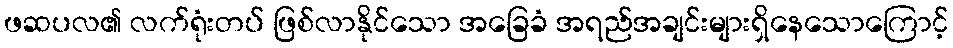
ဖဆပလ၏ လက်ရုံးတပ် ဖြစ်လာနိုင်သော အခြေခံ အရည်အချင်းများရှိနေသောကြောင့်